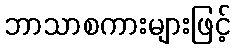
ဘာသာစကားများဖြင့်